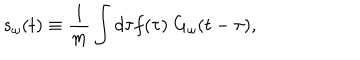
s _ { \omega } ( t ) \equiv \frac { 1 } { m } \int d \tau f ( \tau ) \ G _ { \omega } ( t - \tau ) ,